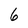
Character: 6